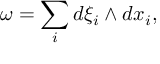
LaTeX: \omega = \sum _ { i } d \xi _ { i } \wedge d x _ { i } ,